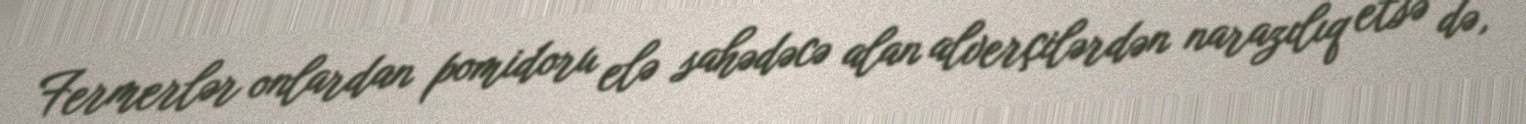
Fermerlər onlardan pomidoru elə sahədəcə alan alverçilərdən narazılıq etsə də,